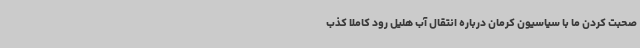
صحبت کردن ما با سیاسیون کرمان درباره انتقال آب هلیل رود کاملا کذب